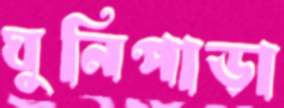
ঘুনিপাড়া